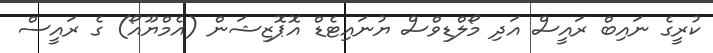
ކުރީގެ ނައިބް ރައީސް އަދި މޯލްޑިވްސް ޔުނައިޓެޑް އޮޕޮޒިޝަން (އެމްޔޫއޯ) ގެ ރައީސް